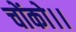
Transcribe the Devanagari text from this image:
चोंको।।